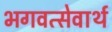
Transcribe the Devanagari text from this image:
भगवत्सेवार्थ